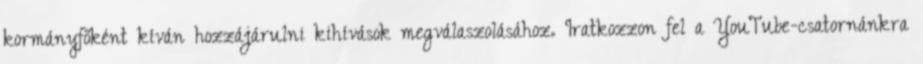
kormányfőként kíván hozzájárulni kihívások megválaszolásához. Iratkozzon fel a YouTube-csatornánkra